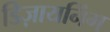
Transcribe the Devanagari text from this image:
डिज़ायनिंग